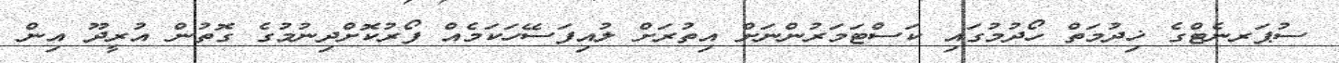
ސުޕަރނެޓްގެ ޚިދުމަތް ހޯދުމުގައި ކަސްޓަމަރުންނަށް އިތުރަށް ލުއިފަސޭހަކަމެއް ފޯރުކޮށްދިނުމުގެ ގޮތުން އުރީދޫ އިން